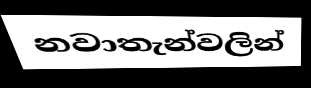
නවාතැන්වලින්